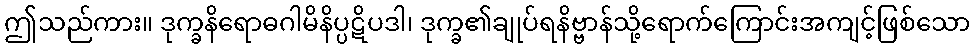
ဤသည်ကား။ ဒုက္ခနိရောဓဂါမိနိပ္ပဋိပဒါ၊ ဒုက္ခ၏ချုပ်ရနိဗ္ဗာန်သို့ရောက်ကြောင်းအကျင့်ဖြစ်သော